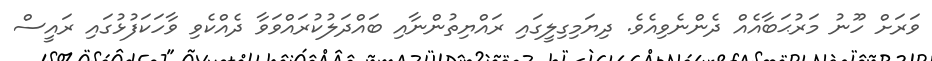
ވަރަށް ހޫނު މަރުޙަބާއެއް ދެންނެވިއެވެ. ދިޔަމިގިލީގައި ރައްޔިތުންނާއި ބައްދަލުކުރައްވަވާ ދެއްކެވި ވާހަކަފުޅުގައި ރައީސް